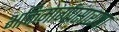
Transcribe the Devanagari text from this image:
भक्तिमार्गप्रसाराचा